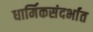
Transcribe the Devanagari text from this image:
धार्मिकसंदर्भात